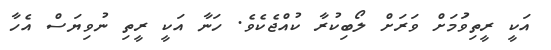
އަކީ ރީތިވުަމަށް ވަރަށް ލޯބިކުރާ ކުއްޖެކެެވެ. ހަނާ އަކީ ރީތި ނުވިޔަސް އެހާ